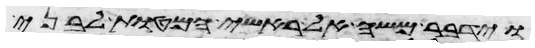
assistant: וידבר משה אל ראשי המטות לבני